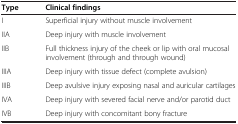
| Type | Clinical findings |
 | --- | --- |
 | I | Superficial injury without muscle involvement |
 | IIA | Deep injury with muscle involvement |
 | IIB | Full thickness injury of the cheek or lip with oral mucosal involvement (through and through wound) |
 | IIIA | Deep injury with tissue defect (complete avulsion) |
 | IIIB | Deep avulsive injury exposing nasal and auricular cartilages |
 | IVA | Deep injury with severed facial nerve and/or parotid duct |
 | IVB | Deep injury with concomitant bony fracture |